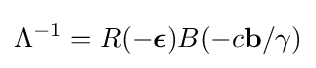
\Lambda ^{-1}=R(-{\boldsymbol {\epsilon }})B(-c\mathbf {b} /\gamma )